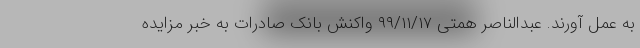
به عمل آورند. عبدالناصر همتی ۹۹/۱۱/۱۷ واکنش بانک صادرات به خبر مزایده